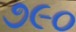
૭૯૦